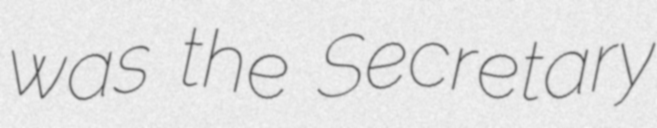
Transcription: was the Secretary